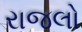
રાજલો